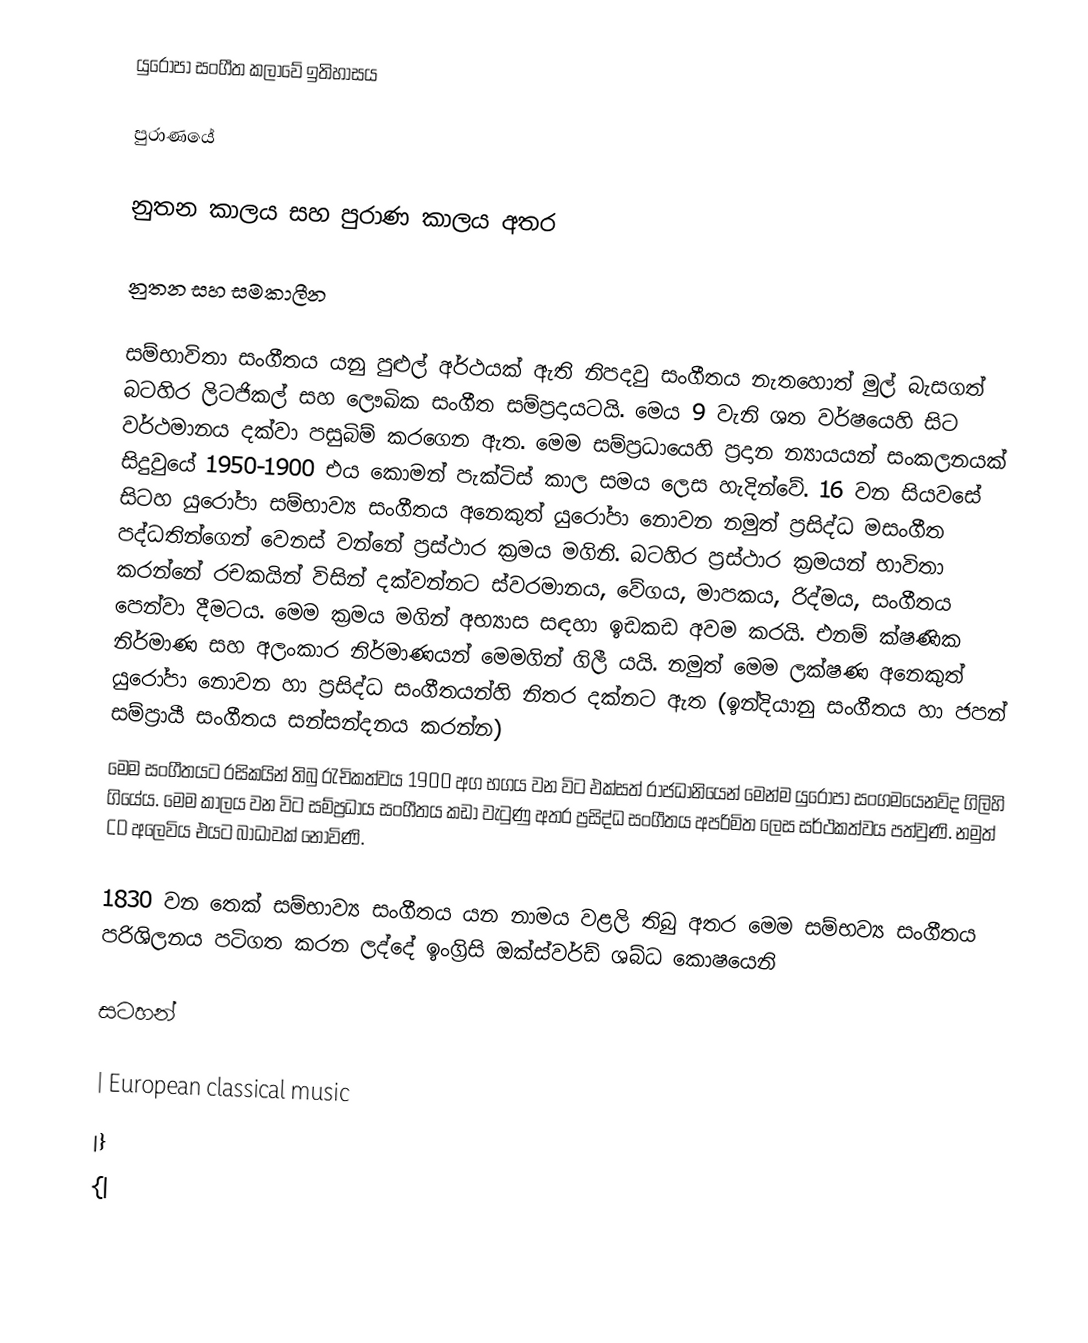
යුරෝපා සංගීත කලාවේ ඉතිහාසය

පුරාණයේ

නුතන කාලය සහ පුරාණ කාලය අතර

නුතන සහ සමකාලීන

සම්භාවිතා සංගීතය යනු පුළුල් අර්ථයක් ඇති නිපදවු සංගීතය නැත‍හොත් මුල් බැසගත් බටහිර ලිටජිකල් සහ ලෞඛික සංගීත සම්ප්‍රදායටයි. මෙය 9 වැනි ශත වර්ෂයෙහි සිට වර්ථමානය දක්වා පසුබිම් කරගෙන ඇත. මෙම සම්ප්‍රධායෙහි ප්‍රදාන න්‍යායයන් සංකලනයක් සිදුවුයේ 1950-1900 එය කොමන් පැක්ටිස් කාල සමය ලෙස හැදින්වේ. 16 වන සියවසේ සිටහ යුරෝපා සම්භාව්‍ය සංගීතය අනෙකුත් යුරෝපා නොවන නමුත් ප්‍රසිද්ධ මසංගීත පද්ධතින්ගෙන් වෙනස් වන්නේ ප්‍රස්ථාර ක්‍රමය මගිනි. බටහිර ප්‍රස්ථාර ක්‍රමයන් භාවිතා කරන්නේ රචකයින් විසින් දක්වන්නට ස්වරමානය, වේගය, මාපකය, රිද්මය, සංගීතය පෙන්වා දීමටය. මෙම ක්‍රමය මගින් අභ්‍යාස සඳහා ඉඩකඩ අවම කරයි. එනම් ක්ෂණික නිර්මාණ සහ අලංකාර නිර්මාණයන් මෙමගින් ගිලී යයි. නමුත් මෙම ලක්ෂණ අනෙකුත් යුරෝපා නොවන හා ප්‍රසිද්ධ සංගීතයන්හි නිතර දක්නට ඇත (ඉන්දියානු සංගීතය හා ජපන් සම්ප්‍රායී සංගීතය සන්සන්දනය කරන්න)
මෙම සංගීතයට රසිකයින් තිබු රැචිකත්වය 1900 අග භගය වන විට එක්සත් රාජධානියෙන් මෙන්ම යුරෝපා සංගමයෙනව්ද ගිලිහි ගියේය. මෙම කාලය වන විට සම්ප්‍රධාය සංගීතය කඩා වැටුණු අතර ප්‍රසිද්ධ සංගීතය අපරිමිත ලෙස සර්ථකත්වය පත්වුණි. නමුත් CD අලෙවිය එයට බාධාවක් නොවිණි.

1830 වන තෙක් සම්භාව්‍ය සංගීතය යන ‍නාමය වළලි තිබු අතර මෙම සම්භව්‍ය සංගීතය පරිශිලනය පටිගත කරන ලද්දේ ඉංග්‍රිසි ඔක්ස්වර්ඩ් ශබ්ධ කොෂයෙනි

සටහන්

| European classical music
|}
{|